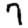
Digit: 7